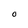
Character: O